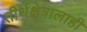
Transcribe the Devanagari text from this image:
तीर्थक्षेत्रालाही